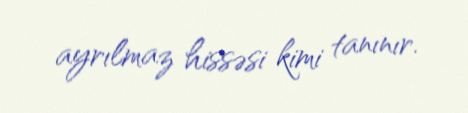
ayrılmaz hissəsi kimi tanınır.